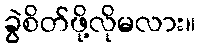
ခွဲစိတ်ဖို့လိုမလား။